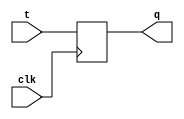
module t_latch (
    input wire clk,
    input wire t,
    output reg q
);

always @(posedge clk) begin
    q <= t; // Latch input t to output q on positive clock edge
end

endmodule